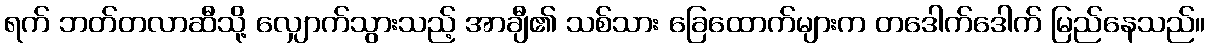
ရက် ဘတ်တလာဆီသို့ လျှောက်သွားသည့် အာချီ၏ သစ်သား ခြေထောက်များက တဒေါက်ဒေါက် မြည်နေသည်။